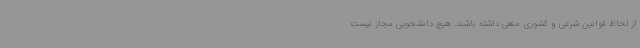
از لحاظ قوانین شرعی و کشوری منعی داشته باشند. هیچ دانشجویی مجاز نیست